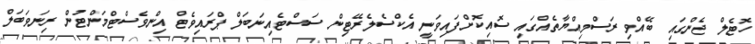
ހޮޓެލް ޖެންގައި ބޭއްވި ރަސްމިއްޔާތެއްގައި ސޮއިކޮށްފައިވަނީ އެކްސެލެރޭޓިން ސަސްޓެއިނަބަލް ޕްރައިވެޓް އިންވެސްޓްމަންޓުން ރިނަވަބަލް